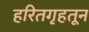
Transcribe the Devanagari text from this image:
हरितगृहतून